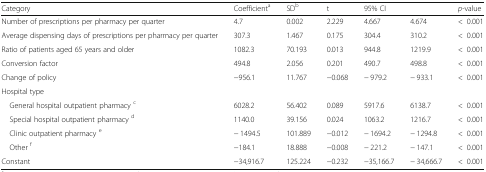
| Category | Coefficienta | SDb | t | <COLSPAN=2> 95% CI | p-value |
 | --- | --- | --- | --- | --- | --- | --- |
 | Number of prescriptions per pharmacy per quarter | 4.7 | 0.002 | 2.229 | 4.667 | 4.674 | <0.001 |
 | Average dispensing days of prescriptions per pharmacy per quarter | 307.3 | 1.467 | 0.175 | 304.4 | 310.2 | <0.001 |
 | Ratio of patients aged 65 years and older | 1082.3 | 70.193 | 0.013 | 944.8 | 1219.9 | <0.001 |
 | Conversion factor | 494.8 | 2.056 | 0.201 | 490.7 | 498.8 | <0.001 |
 | Change of policy | −956.1 | 11.767 | −0.068 | − 979.2 | − 933.1 | <0.001 |
 | <COLSPAN=7> Hospital type |
 | General hospital outpatient pharmacy c | 6028.2 | 56.402 | 0.089 | 5917.6 | 6138.7 | <0.001 |
 | Special hospital outpatient pharmacy d | 1140.0 | 39.156 | 0.024 | 1063.2 | 1216.7 | <0.001 |
 | Clinic outpatient pharmacy e | − 1494.5 | 101.889 | −0.012 | − 1694.2 | − 1294.8 | <0.001 |
 | Other f | −184.1 | 18.888 | −0.008 | − 221.2 | − 147.1 | <0.001 |
 | Constant | −34,916.7 | 125.224 | −0.232 | −35,166.7 | − 34,666.7 | <0.001 |